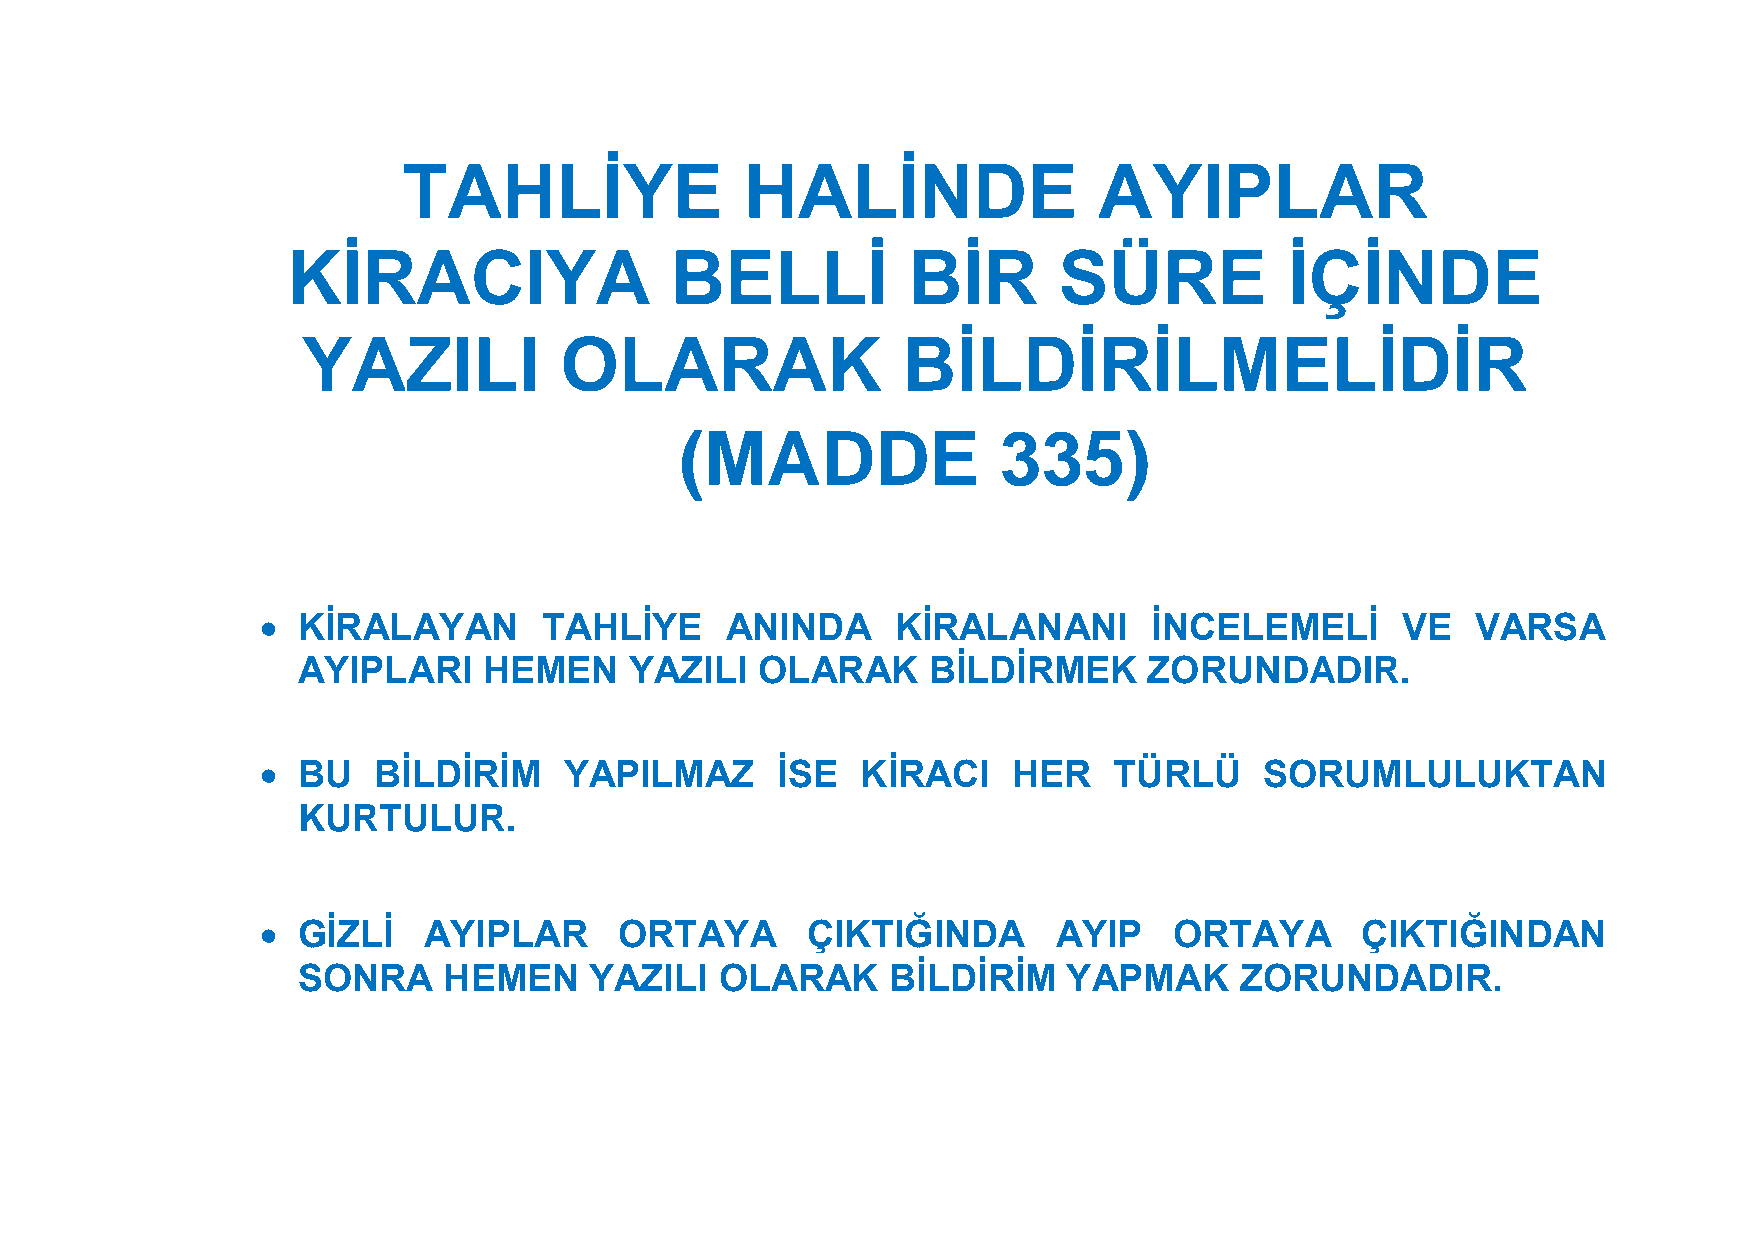
TAHLİYE               HALİNDE                 AYIPLAR
 KİRACIYA                 BELLİ           BİR       SÜRE           İÇİNDE
 YAZILI           OLARAK                 BİLDİRİLMELİDİR
 (MADDE               335)
   KİRALAYAN       TAHLİYE     ANINDA     KİRALANANI       İNCELEMELİ       VE   VARSA
 AYIPLARI    HEMEN     YAZILI  OLARAK     BİLDİRMEK      ZORUNDADIR.
   BU   BİLDİRİM    YAPILMAZ      İSE   KİRACI    HER    TÜRLÜ     SORUMLULUKTAN
 KURTULUR.
   GİZLİ   AYIPLAR      ORTAYA      ÇIKTIĞINDA       AYIP    ORTAYA      ÇIKTIĞINDAN
 SONRA    HEMEN     YAZILI   OLARAK     BİLDİRİM    YAPMAK     ZORUNDADIR.